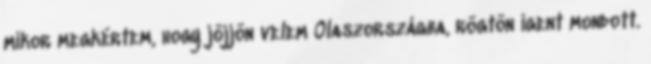
mikor megkértem, hogy jöjjön velem Olaszországba, rögtön igent mondott.